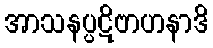
အာသနပ္ပဋိဗာဟနာဒိ